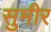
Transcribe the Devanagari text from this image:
सुमीर